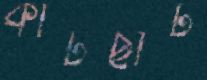
কাটছাঁট